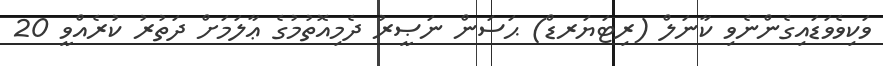
ވަކިވެވަޑައިގެންނެވި ކާނަލް (ރިޓަޔަރޑް) ޙަސަން ނަޞީރު ދެމިއޮތުމުގެ ޢާލަމަށް ދަތުރު ކުރެއްވީ 20